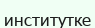
институтке